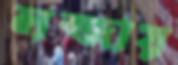
লজ্জায়